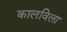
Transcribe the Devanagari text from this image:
कालविला